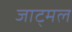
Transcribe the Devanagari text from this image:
जाट्मल